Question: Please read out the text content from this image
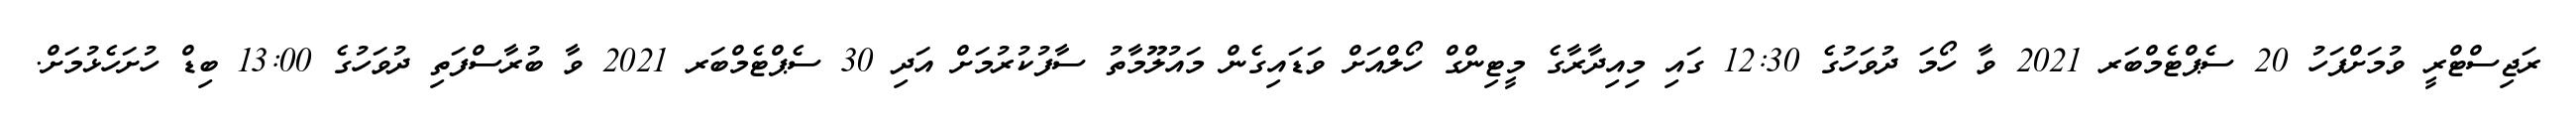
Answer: ރަޖިސްޓްރީ ވުމަށްފަހު 20 ސެޕްޓެމްބަރ 2021 ވާ ހޯމަ ދުވަހުގެ 12:30 ގައި މިއިދާރާގެ މީޓިންގް ހޯލްއަށް ވަޑައިގެން މައުލޫމާތު ސާފުކުރުމަށް އަދި 30 ސެޕްޓެމްބަރ 2021 ވާ ބުރާސްފަތި ދުވަހުގެ 13:00 ބިޑް ހުށަހެޅުމަށް.